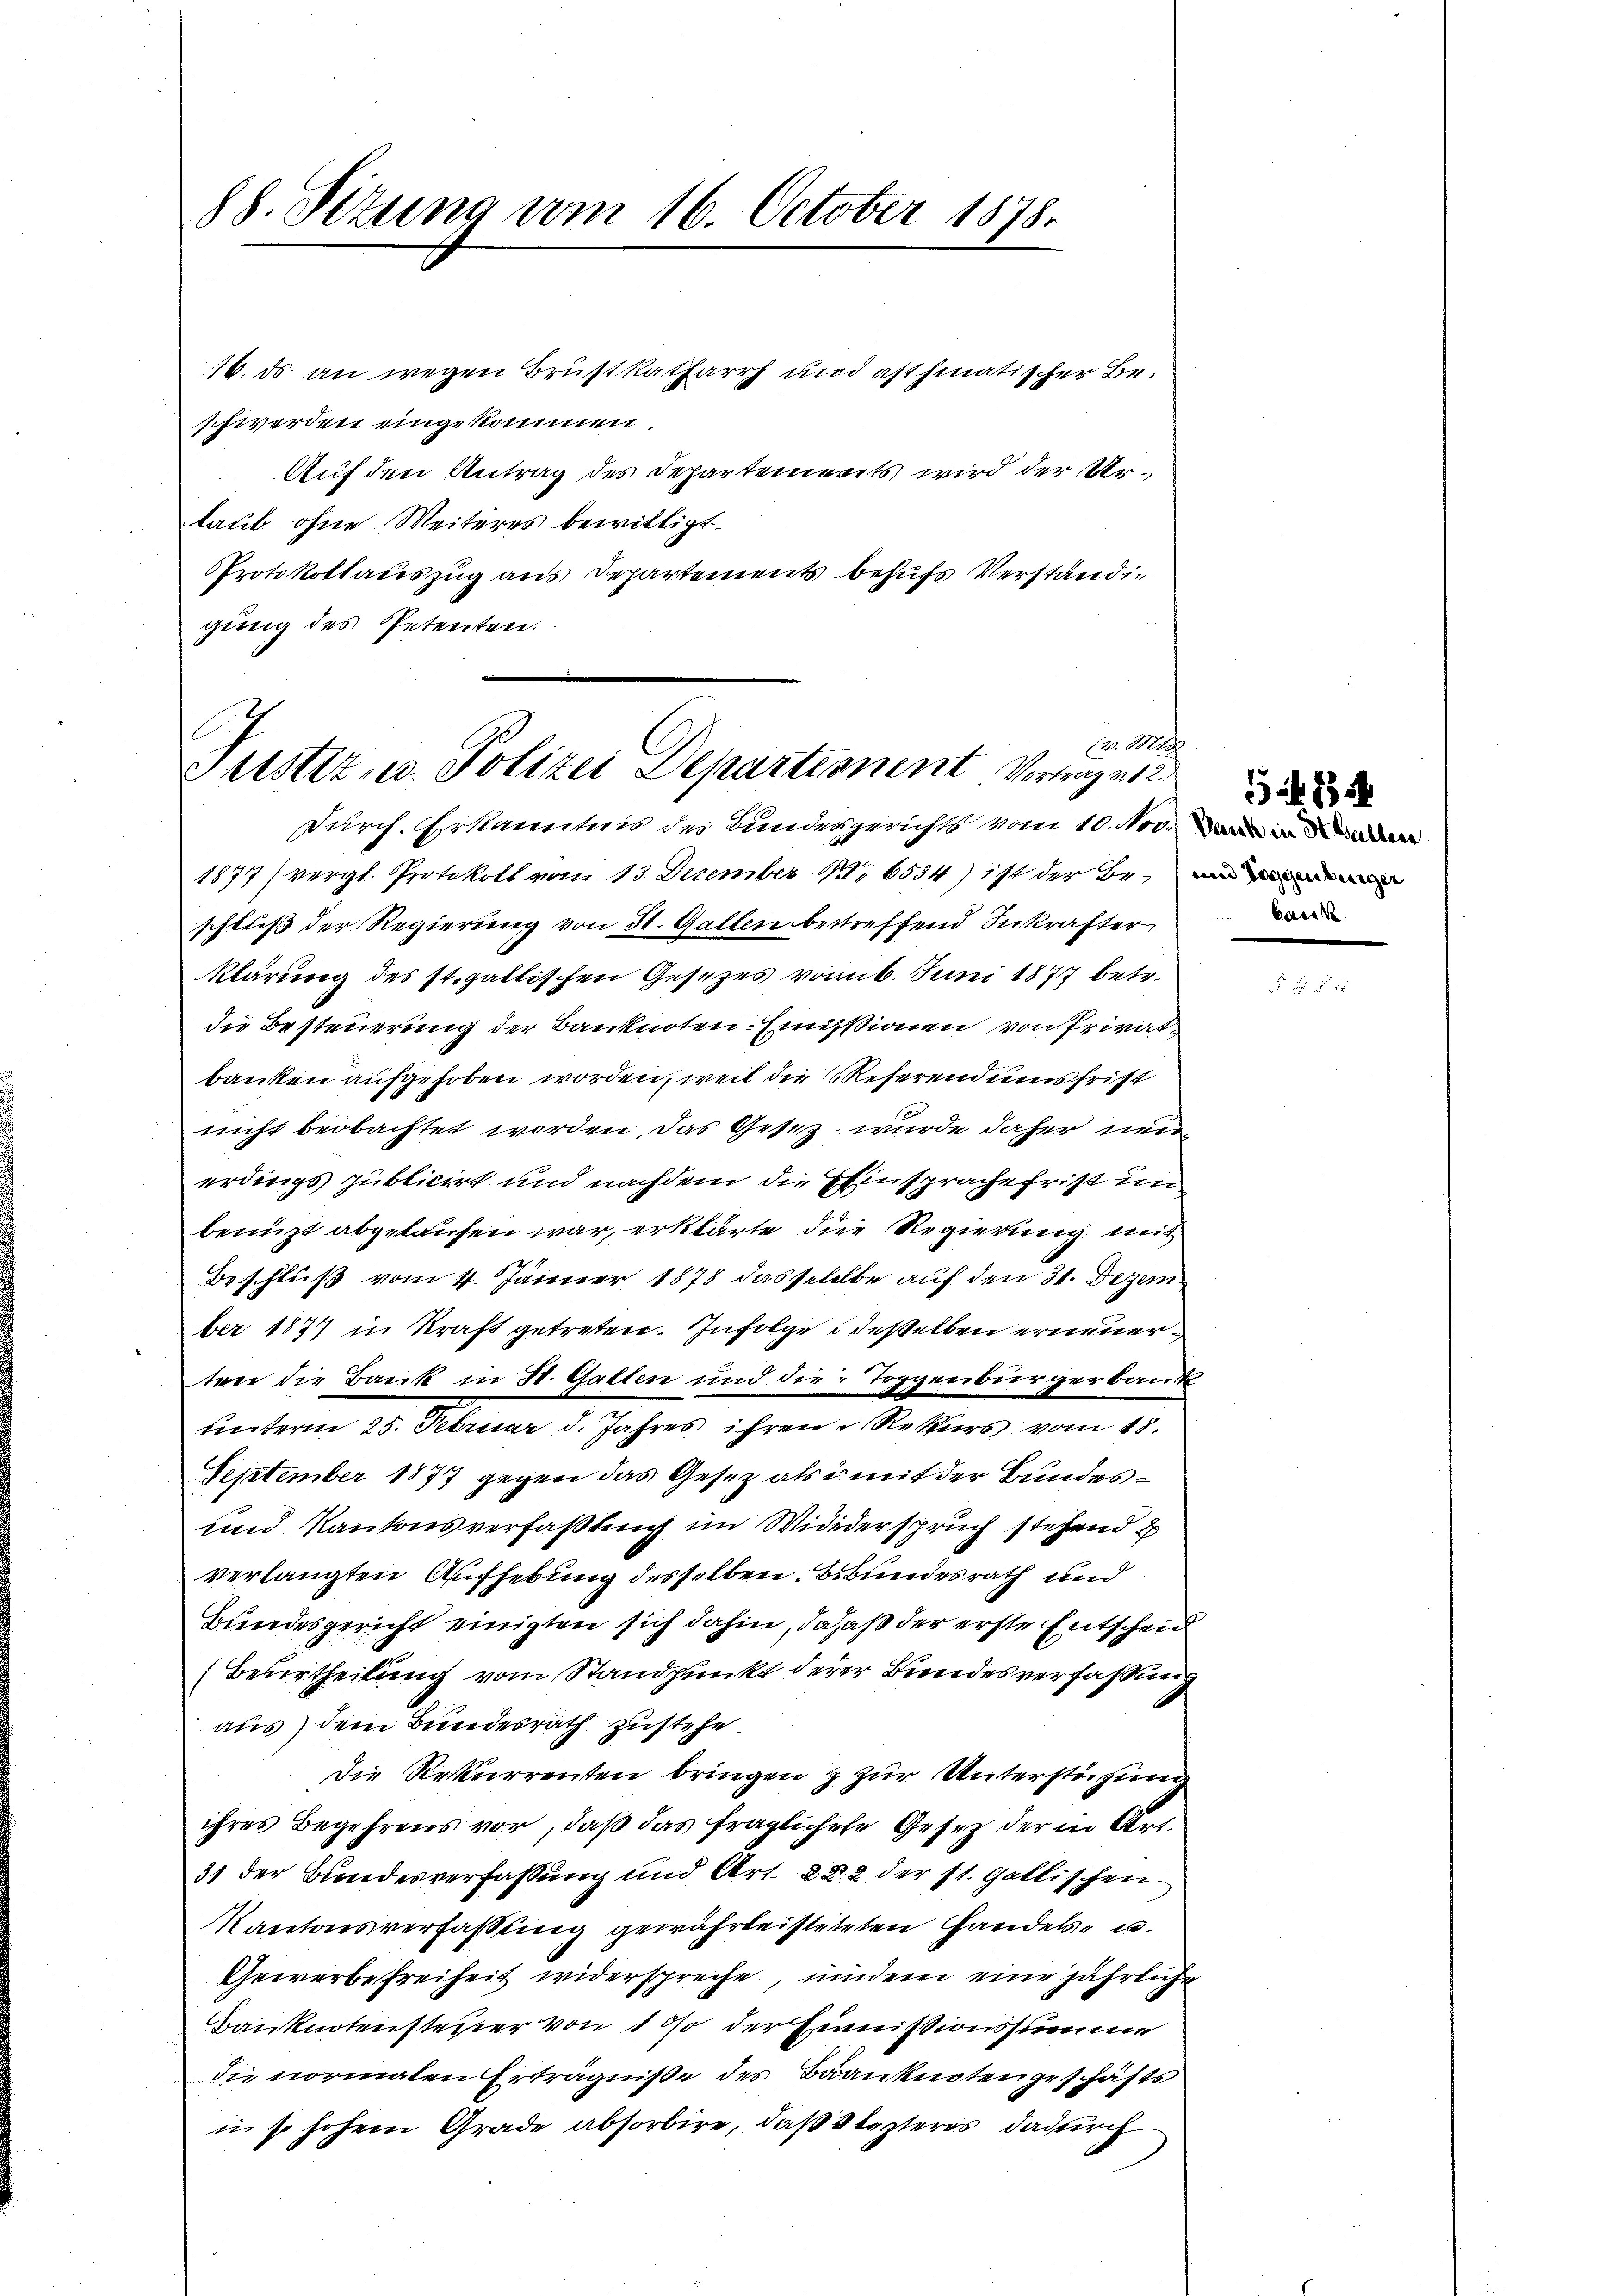
88. Sizung vom 16. October 1878.

16. ds an wegen Brustkatarrh und asthimatischer Be-
schwerden eingekommen.
Auf den Antrag des Departements wird der Urlaub ohne Weiteres bewilligt.
Protokollauszug aus Departements behufs Verständigŭng des Petenten.

(v. Mt
Justiz, u. Polizei Departionent Vortrage 12

Durch. Erkanntnis des Bundesgerichts vom 10. Nov.
1877) vergl. Protokoll vom 13. Dezember 1. 6554) ist der Beschluß der Regierung von 31. Gallen betreffend Inkrafter
klärung des st. gallischen Gesetzes vom 6. Juni 1877 betr.
die Besteuerung der Banknoten-Emissionen von Privat
banken aufgehoben worden, weil die Referend umsfrist
nicht beobachtet worden, das Gesez wurde daher neu
erdings publicirt und nachdem die Einsprache frist um
benuzt abgelaufen war, erklärte die Regierung mit
Beschluß vom 4. Jänner 1878 dasselelbe auf den 31. Dezem
ber 1877 in Kraft getreten. Infolge desselben erneuer
ten die Bank in St. Gallen und die Toggenbürgerbank
unterm 23. Februar d. Jahres ihren Rekurs vom 15.
September 1877 gegen das Gesez als mit der Bundes¬
und Kantonsverfaßung im Widderspruch stehend u
verlangten Aufhebung desselben. Bebundesrath und
Bundesgericht einigten sich dahin, da daß der erste Entscheid
(Beurtheilung vom Standpunkt derer Bundesverfaßung
aus) dem Bundesrath zustehe.
Die Rekurrenten bringen & zur Unterstüzung
ihres Begehrens vor, daß das fraglichese Gesetz der in Art.
3) der Bundesverfassung und Art. 822 der st. Gallischen
Kantonsverfassung gewährleistetten Handels- u.
Gewerbefreiheit widerspreche, undem eine jährliche
Banknotensteuer von 10% der Heimissionssumme
die normalen Erträgniße des Baanknotengeschäfts
in so hohem Grade absorbire, daß Slezteres dadurch

baer

84